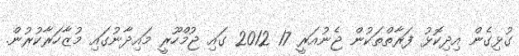
ގުޅިގެން އިދިކޮޅު ފަރާތްތަކުން ޖެނުއަރީ 17 2012 ގައި ޖުމްހޫރީ މައިދާނުގައި މުޒާހަރާކުރުން.